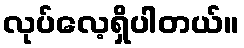
လုပ်လေ့ရှိပါတယ်။